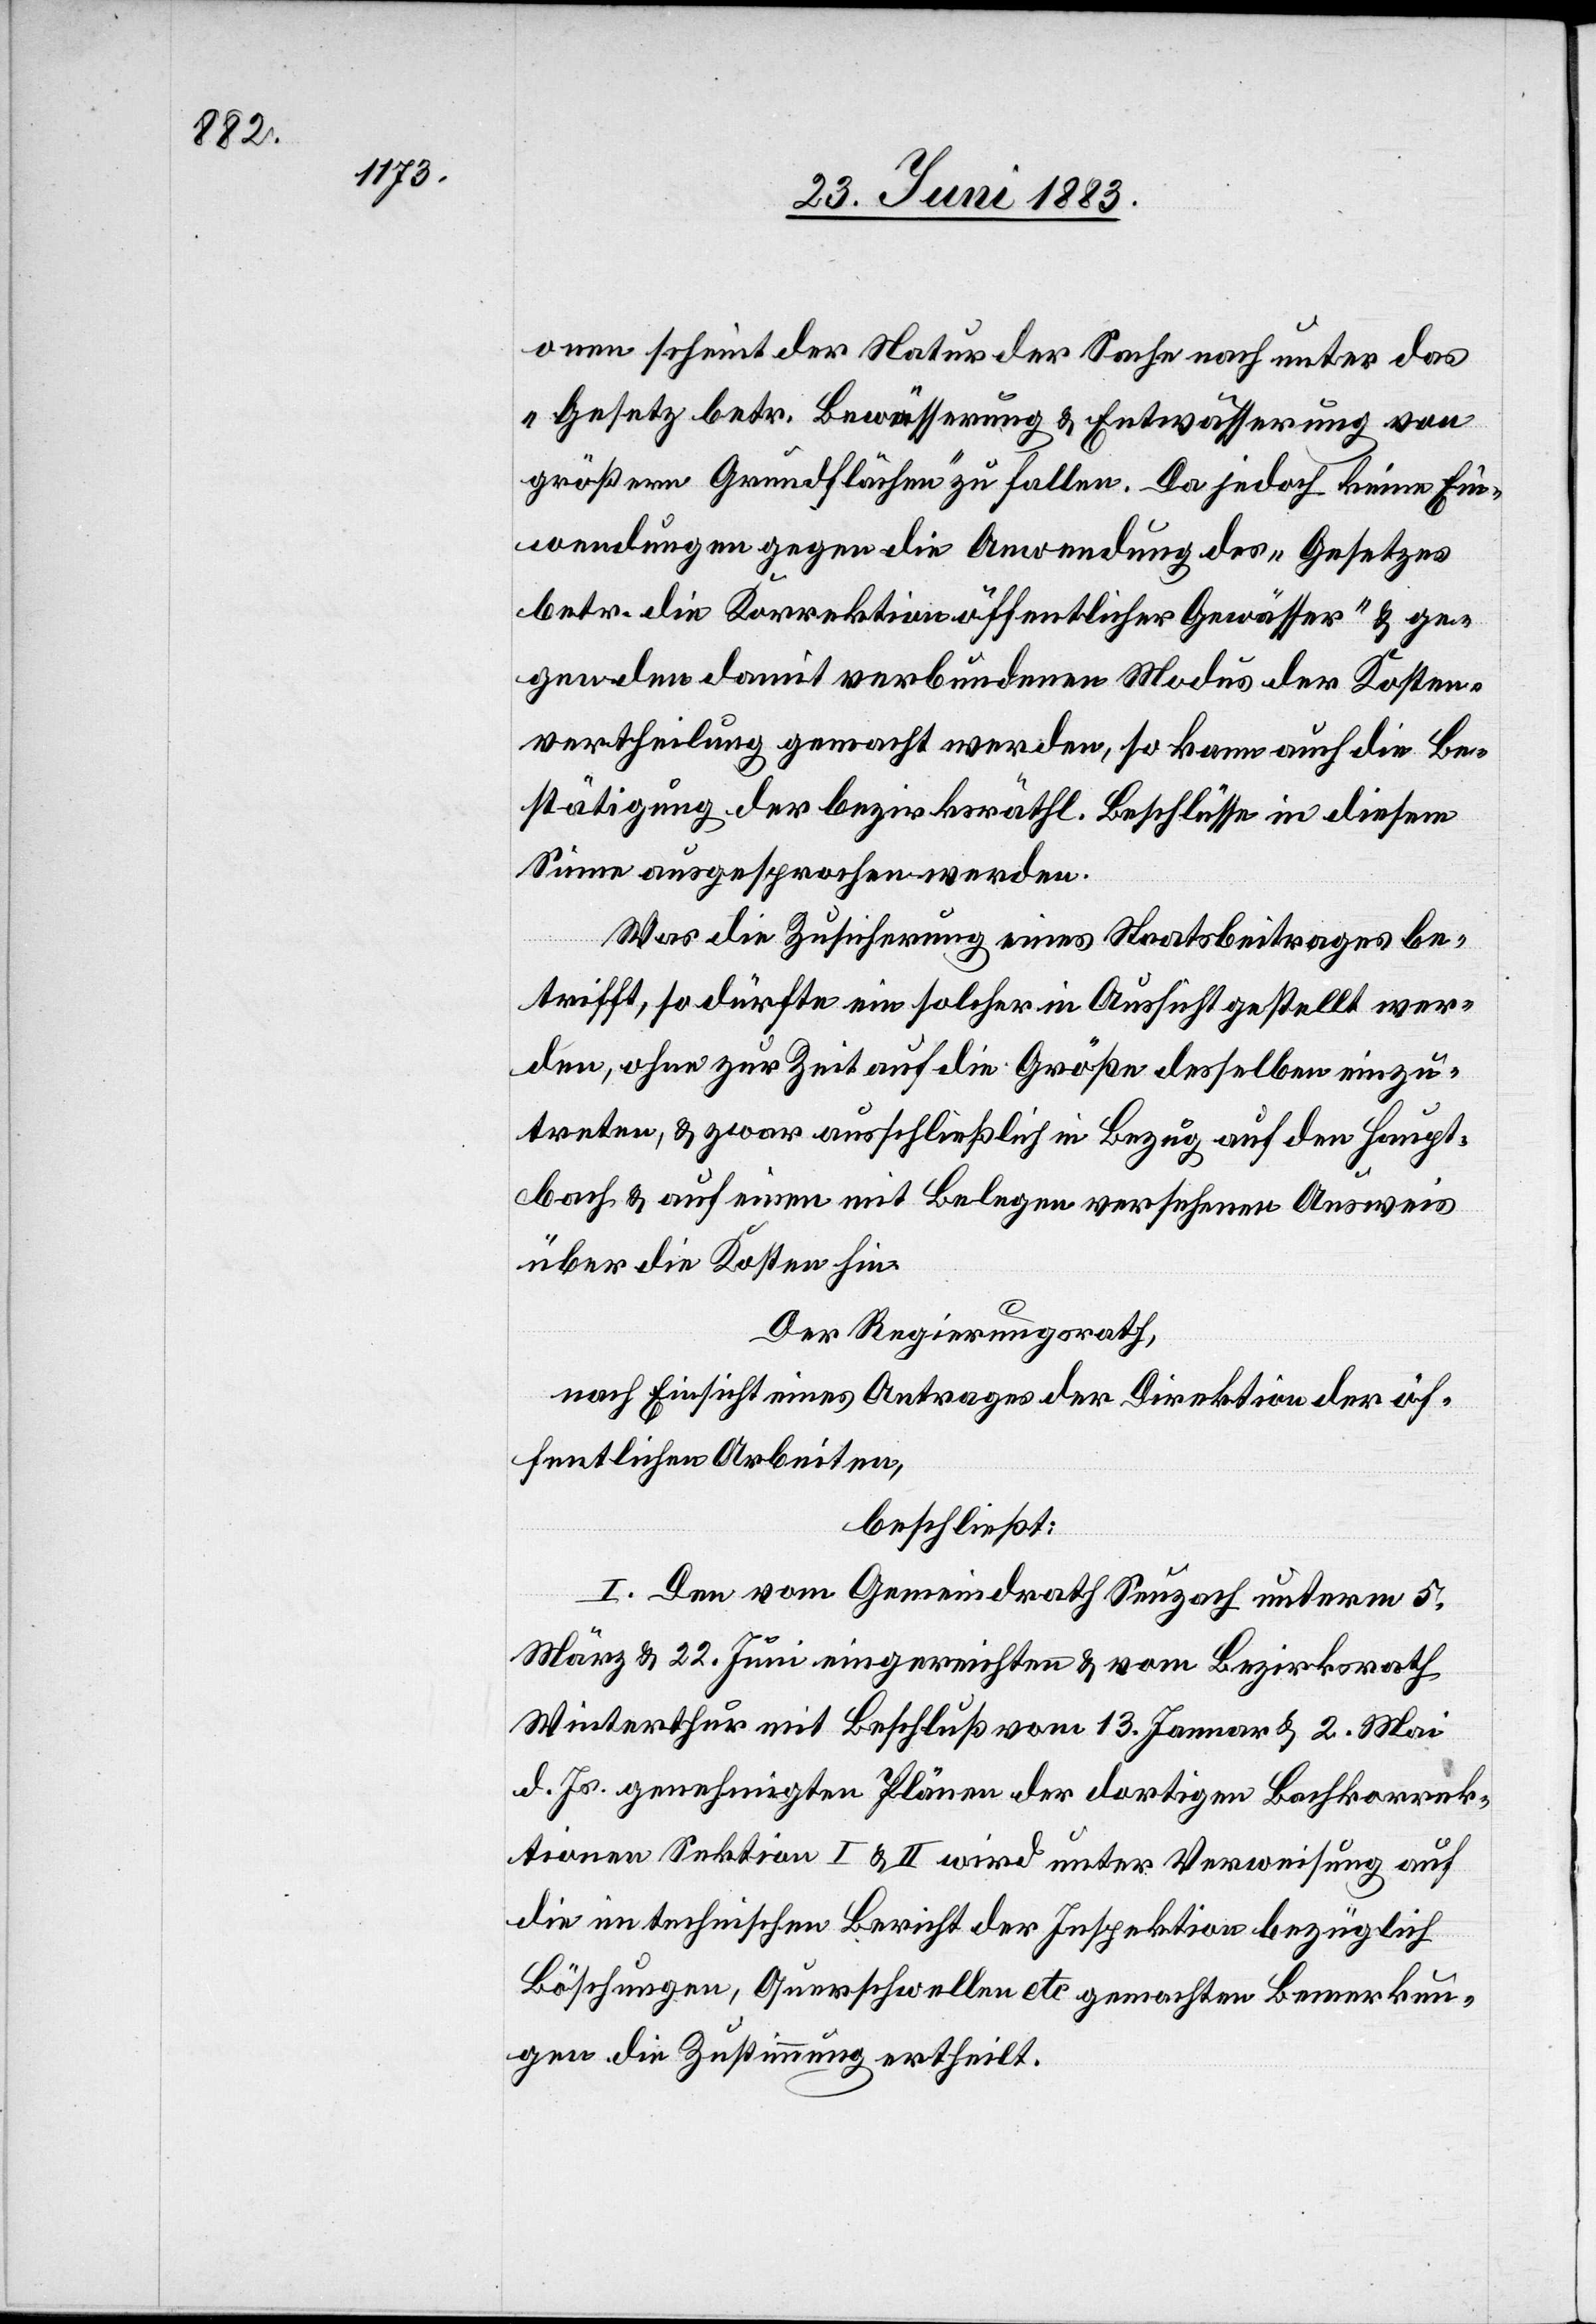
onen scheint der Natur der Sache nach unter das
„Gesetz betr. Bewässerung & Entwässerung von
größern Grundflächen“ zu fallen. Da jedoch keine Ein¬
wendungen gegen die Anwendung des „Gesetzes
betr. die Korrektion öffentlicher Gewässer“ & ge¬
gen den damit verbundenen Modus der Kosten¬
vertheilung gemacht werden, so kann auch die Be¬
stätigung der bezirksräthl. Beschlüsse in diesem
Sinne ausgesprochen werden.
Was die Zusicherung eines Staatsbeitrages be¬
trifft, so dürfte ein solcher in Aussicht gestellt wer¬
den, ohne zur Zeit auf die Größe desselben einzu¬
treten, & zwar ausschließlich in Bezug auf den Haupt¬
bach & auf einen mit Belegen versehenen Ausweis
über die Kosten hin.
Der Regierungsrath,
nach Einsicht eines Antrages der Direktion der öf¬
fentlichen Arbeiten,
beschließt:
I. Den vom Gemeindrath Seuzach unterm 5.
März & 22. Juni eingereichten & vom Bezirksrath
Winterthur mit Beschluß vom 13. Januar & 2. Mai
d. Js. genehmigten Plänen der dortigen Bachkorrek¬
tionen Sektion I & II wird unter Verweisung auf
die im technischen Bericht der Inspektion bezüglich
Böschungen, Querschwellen etc. gemachten Bemerkun¬
gen die Zustimmung ertheilt.